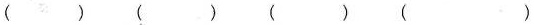
( ) ( ) ( ) ( )